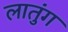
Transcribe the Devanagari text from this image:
लातुंग